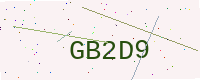
Text: GB2D9